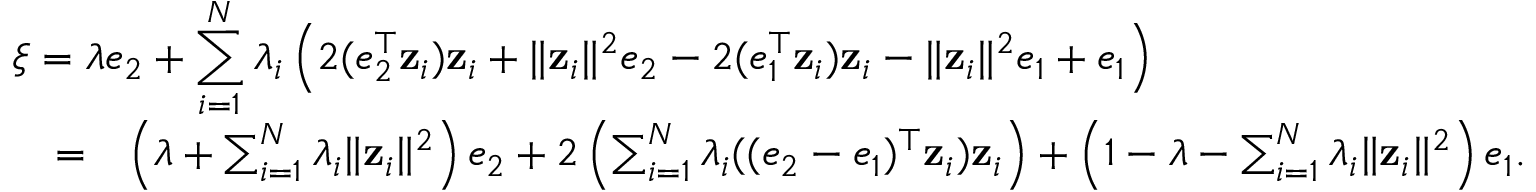
\begin{array} { r l r } { \lefteqn { \xi = \lambda e _ { 2 } + \sum _ { i = 1 } ^ { N } \lambda _ { i } \left( 2 ( e _ { 2 } ^ { \top } \mathbf z _ { i } ) \mathbf z _ { i } + \| \mathbf z _ { i } \| ^ { 2 } e _ { 2 } - 2 ( e _ { 1 } ^ { \top } \mathbf z _ { i } ) \mathbf z _ { i } - \| \mathbf z _ { i } \| ^ { 2 } e _ { 1 } + e _ { 1 } \right) } } \\ & { = } & { \left( \lambda + \sum _ { i = 1 } ^ { N } \lambda _ { i } \| \mathbf z _ { i } \| ^ { 2 } \right) e _ { 2 } + 2 \left( \sum _ { i = 1 } ^ { N } \lambda _ { i } ( ( e _ { 2 } - e _ { 1 } ) ^ { \top } \mathbf z _ { i } ) \mathbf z _ { i } \right) + \left( 1 - \lambda - \sum _ { i = 1 } ^ { N } \lambda _ { i } \| \mathbf z _ { i } \| ^ { 2 } \right) e _ { 1 } . } \end{array}